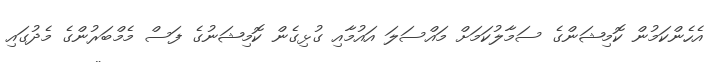
އެހެންކަމުން ކޮމިޝަންގެ ސަމާލުކަމަށް މައްސަލަ އައުމާއި ގުޅިގެން ކޮމިޝަނުގެ ފަސް މެމްބަރުންގެ މެދުގައި